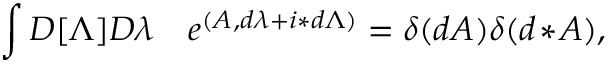
\int { \cal D } [ \Lambda ] { \cal D } \lambda \quad e ^ { ( A , d \lambda + i \ast d \Lambda ) } = \delta ( d A ) \delta ( d \! \ast \! A ) ,